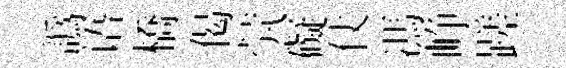
譌语橋偈茕礙仗馮峥蹉